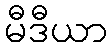
မီဒီယာ